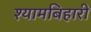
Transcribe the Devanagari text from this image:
श्यामबिहारी